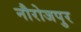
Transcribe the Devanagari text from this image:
नौरोजपुर